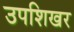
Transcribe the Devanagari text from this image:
उपशिखर